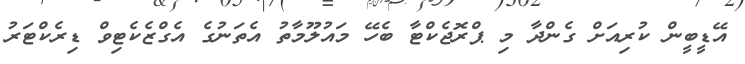
އޭޑީބީން ކުރިއަށް ގެންދާ މި ޕްރޮޖެކްޓާ ބެހޭ މައުލޫމާތު އެތަނުގެ އެގްޒެކެޓިވް ޑިރެކްޓަރު